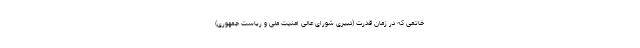
خاتمی که در زمان قدرت (دبیری شورای عالی امنیت ملی و ریاست جمهوری)